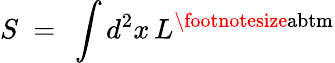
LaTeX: S~=~\int d^{2}x\, L^{\mathrm{\footnotesize{abtm}}}